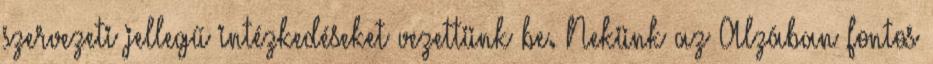
szervezeti jellegű intézkedéseket vezettünk be. Nekünk az Alzában fontos